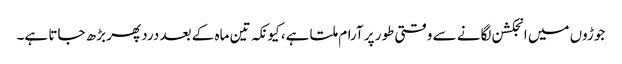
جوڑوں میں انجکشن لگانے سے وقتی طور پر آرام ملتا ہے، کیونکہ تین ماہ کے بعد درد پھر بڑھ جاتا ہے۔